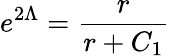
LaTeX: e^{2\Lambda}=\frac{r}{r+C_{1}}